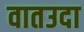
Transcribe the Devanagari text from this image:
वातउदा